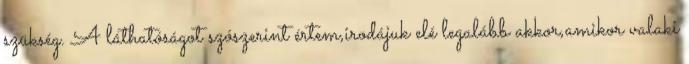
szükség. A láthatóságot szószerint értem,irodájuk elé legalább akkor,amikor valaki